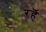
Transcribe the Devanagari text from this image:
रहॆं